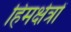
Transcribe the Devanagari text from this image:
हिमक्षेत्रों